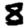
Digit: 8